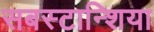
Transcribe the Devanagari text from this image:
सबस्टान्शिया